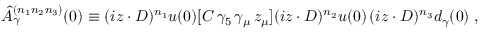
\hat { A } _ { \gamma } ^ { ( n _ { 1 } n _ { 2 } n _ { 3 } ) } ( 0 ) \equiv ( i z \cdot D ) ^ { n _ { 1 } } u ( 0 ) [ C \, \gamma _ { 5 } \, \gamma _ { \mu } \, z _ { \mu } ] ( i z \cdot D ) ^ { n _ { 2 } } u ( 0 ) \, ( i z \cdot D ) ^ { n _ { 3 } } d _ { \gamma } ( 0 ) \; ,